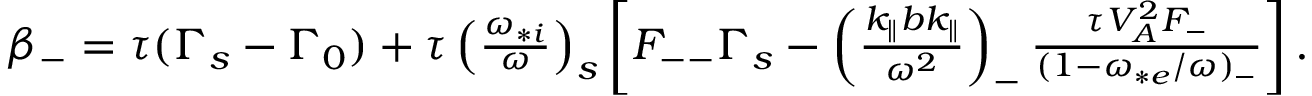
\begin{array} { r } { \beta _ { - } = \tau ( \Gamma _ { s } - \Gamma _ { 0 } ) + \tau \left( \frac { \omega _ { * i } } { \omega } \right) _ { s } \left[ F _ { -- } \Gamma _ { s } - \left( \frac { k _ { \parallel } b k _ { \parallel } } { \omega ^ { 2 } } \right) _ { - } \frac { \tau V _ { A } ^ { 2 } F _ { - } } { ( 1 - \omega _ { * e } / \omega ) _ { - } } \right] . } \end{array}